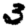
Digit: 3